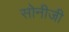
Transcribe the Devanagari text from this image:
सोनीजी